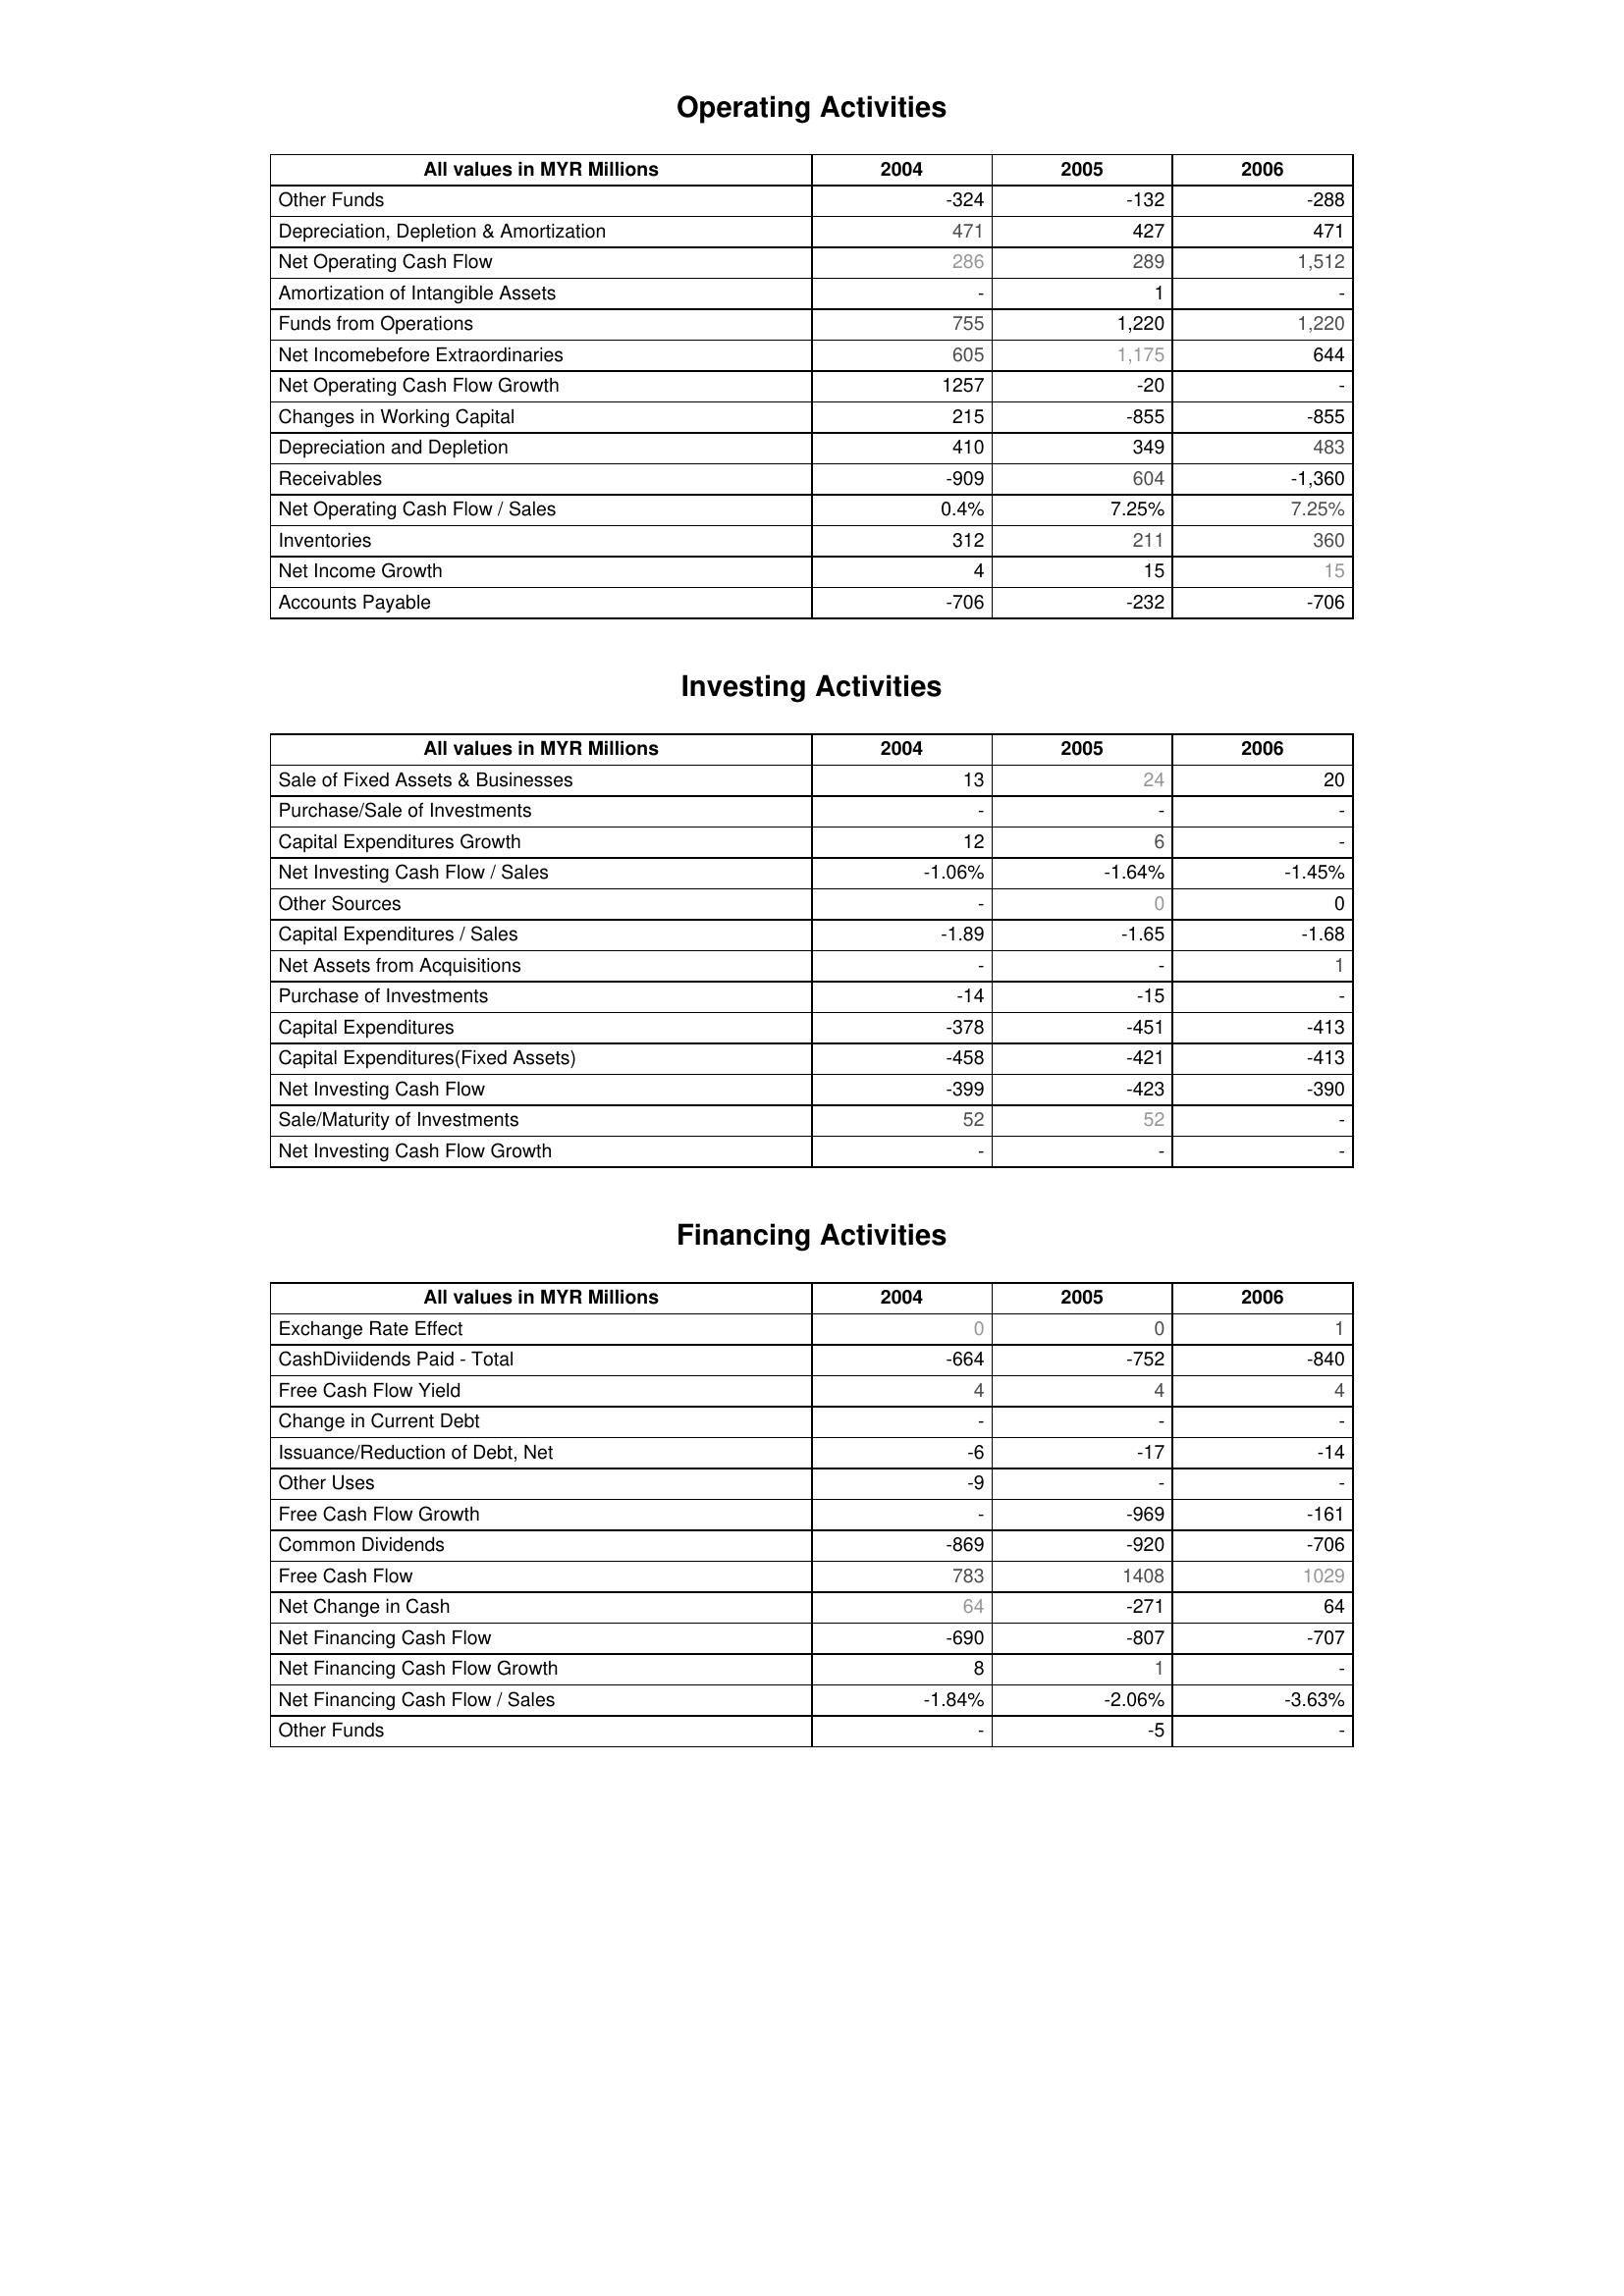
2004: Operating Activities: Other Funds: -324
Depreciation, Depletion & Amortization: 471
Net Operating Cash Flow: 286
Amortization of Intangible Assets: -
Funds from Operations: 755
Net Incomebefore Extraordinaries: 605
Net Operating Cash Flow Growth: 1257
Changes in Working Capital: 215
Depreciation and Depletion: 410
Receivables: -909
Net Operating Cash Flow / Sales: 0.4%
Inventories: 312
Net Income Growth: 4
Accounts Payable: -706
Investing Activities: Sale of Fixed Assets & Businesses: 13
Purchase/Sale of Investments: -
Capital Expenditures Growth: 12
Net Investing Cash Flow / Sales: -1.06%
Other Sources: -
Capital Expenditures / Sales: -1.89
Net Assets from Acquisitions: -
Purchase of Investments: -14
Capital Expenditures: -378
Capital Expenditures(Fixed Assets): -458
Net Investing Cash Flow: -399
Sale/Maturity of Investments: 52
Net Investing Cash Flow Growth: -
Financing Activities: Exchange Rate Effect: 0
CashDiviidends Paid - Total: -664
Free Cash Flow Yield: 4
Change in Current Debt: -
Issuance/Reduction of Debt, Net: -6
Other Uses: -9
Free Cash Flow Growth: -
Common Dividends: -869
Free Cash Flow: 783
Net Change in Cash: 64
Net Financing Cash Flow: -690
Net Financing Cash Flow Growth: 8
Net Financing Cash Flow / Sales: -1.84%
Other Funds: -
2005: Operating Activities: Other Funds: -132
Depreciation, Depletion & Amortization: 427
Net Operating Cash Flow: 289
Amortization of Intangible Assets: 1
Funds from Operations: 1,220
Net Incomebefore Extraordinaries: 1,175
Net Operating Cash Flow Growth: -20
Changes in Working Capital: -855
Depreciation and Depletion: 349
Receivables: 604
Net Operating Cash Flow / Sales: 7.25%
Inventories: 211
Net Income Growth: 15
Accounts Payable: -232
Investing Activities: Sale of Fixed Assets & Businesses: 24
Purchase/Sale of Investments: -
Capital Expenditures Growth: 6
Net Investing Cash Flow / Sales: -1.64%
Other Sources: 0
Capital Expenditures / Sales: -1.65
Net Assets from Acquisitions: -
Purchase of Investments: -15
Capital Expenditures: -451
Capital Expenditures(Fixed Assets): -421
Net Investing Cash Flow: -423
Sale/Maturity of Investments: 52
Net Investing Cash Flow Growth: -
Financing Activities: Exchange Rate Effect: 0
CashDiviidends Paid - Total: -752
Free Cash Flow Yield: 4
Change in Current Debt: -
Issuance/Reduction of Debt, Net: -17
Other Uses: -
Free Cash Flow Growth: -969
Common Dividends: -920
Free Cash Flow: 1408
Net Change in Cash: -271
Net Financing Cash Flow: -807
Net Financing Cash Flow Growth: 1
Net Financing Cash Flow / Sales: -2.06%
Other Funds: -5
2006: Operating Activities: Other Funds: -288
Depreciation, Depletion & Amortization: 471
Net Operating Cash Flow: 1,512
Amortization of Intangible Assets: -
Funds from Operations: 1,220
Net Incomebefore Extraordinaries: 644
Net Operating Cash Flow Growth: -
Changes in Working Capital: -855
Depreciation and Depletion: 483
Receivables: -1,360
Net Operating Cash Flow / Sales: 7.25%
Inventories: 360
Net Income Growth: 15
Accounts Payable: -706
Investing Activities: Sale of Fixed Assets & Businesses: 20
Purchase/Sale of Investments: -
Capital Expenditures Growth: -
Net Investing Cash Flow / Sales: -1.45%
Other Sources: 0
Capital Expenditures / Sales: -1.68
Net Assets from Acquisitions: 1
Purchase of Investments: -
Capital Expenditures: -413
Capital Expenditures(Fixed Assets): -413
Net Investing Cash Flow: -390
Sale/Maturity of Investments: -
Net Investing Cash Flow Growth: -
Financing Activities: Exchange Rate Effect: 1
CashDiviidends Paid - Total: -840
Free Cash Flow Yield: 4
Change in Current Debt: -
Issuance/Reduction of Debt, Net: -14
Other Uses: -
Free Cash Flow Growth: -161
Common Dividends: -706
Free Cash Flow: 1029
Net Change in Cash: 64
Net Financing Cash Flow: -707
Net Financing Cash Flow Growth: -
Net Financing Cash Flow / Sales: -3.63%
Other Funds: -